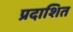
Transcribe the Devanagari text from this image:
प्रदाशित